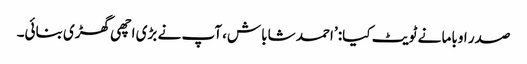
صدر اوباما نے ٹویٹ کیا: ’احمد شاباش، آپ نے بڑی اچھی گھڑی بنائی۔